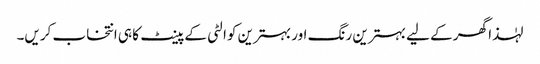
لہٰذا گھر کے لیے بہترین رنگ اور بہترین کوالٹی کے پینٹ کا ہی انتخاب کریں۔